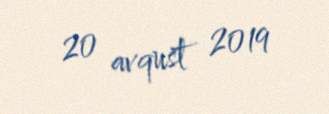
20 avqust 2019